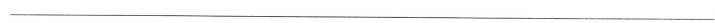
___